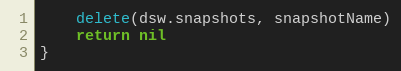
Language: Go
	delete(dsw.snapshots, snapshotName)
	return nil
}